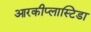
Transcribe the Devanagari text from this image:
आरकीप्लास्टिडा